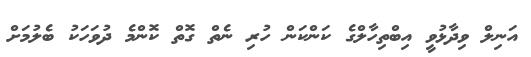
އަނިލް ވިދާޅުވީ އިބްތިހާލްގެ ކަންކަން ހުރި ނެތް ގޮތް ކޮންމެ ދުވަހަކު ބެލުމަށް